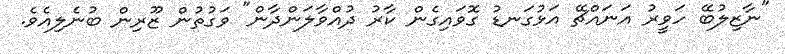
"ނާޒިލުބޭ ހަވީރު އަނައްޗޭ އަޅުގަނޑު ގޮވައިގެން ކާރު ދުއްވާލަންދާން" ވަގުތުން ޒޫރިން ބުނެލިއެވެ.